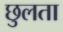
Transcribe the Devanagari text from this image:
छुलता